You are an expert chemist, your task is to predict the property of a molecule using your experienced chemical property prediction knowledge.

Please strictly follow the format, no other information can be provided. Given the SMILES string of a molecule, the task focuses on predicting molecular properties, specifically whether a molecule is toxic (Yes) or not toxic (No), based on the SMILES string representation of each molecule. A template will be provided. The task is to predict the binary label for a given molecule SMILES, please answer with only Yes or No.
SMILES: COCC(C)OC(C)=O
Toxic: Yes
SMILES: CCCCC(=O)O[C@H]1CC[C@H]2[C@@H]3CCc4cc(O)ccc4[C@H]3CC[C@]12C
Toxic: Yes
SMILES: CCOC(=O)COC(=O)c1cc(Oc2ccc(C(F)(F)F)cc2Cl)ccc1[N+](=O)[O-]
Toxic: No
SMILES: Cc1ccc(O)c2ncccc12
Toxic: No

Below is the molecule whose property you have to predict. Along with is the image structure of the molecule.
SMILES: Nc1ccc(S(N)(=O)=O)cc1
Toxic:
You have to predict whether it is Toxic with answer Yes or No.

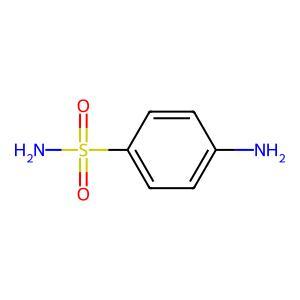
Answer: No